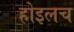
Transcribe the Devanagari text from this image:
होइलच